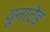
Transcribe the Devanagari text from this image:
यूनाटेड